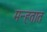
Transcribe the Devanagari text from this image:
मन्हतात